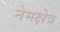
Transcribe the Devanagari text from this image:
नेमक्षेत्र